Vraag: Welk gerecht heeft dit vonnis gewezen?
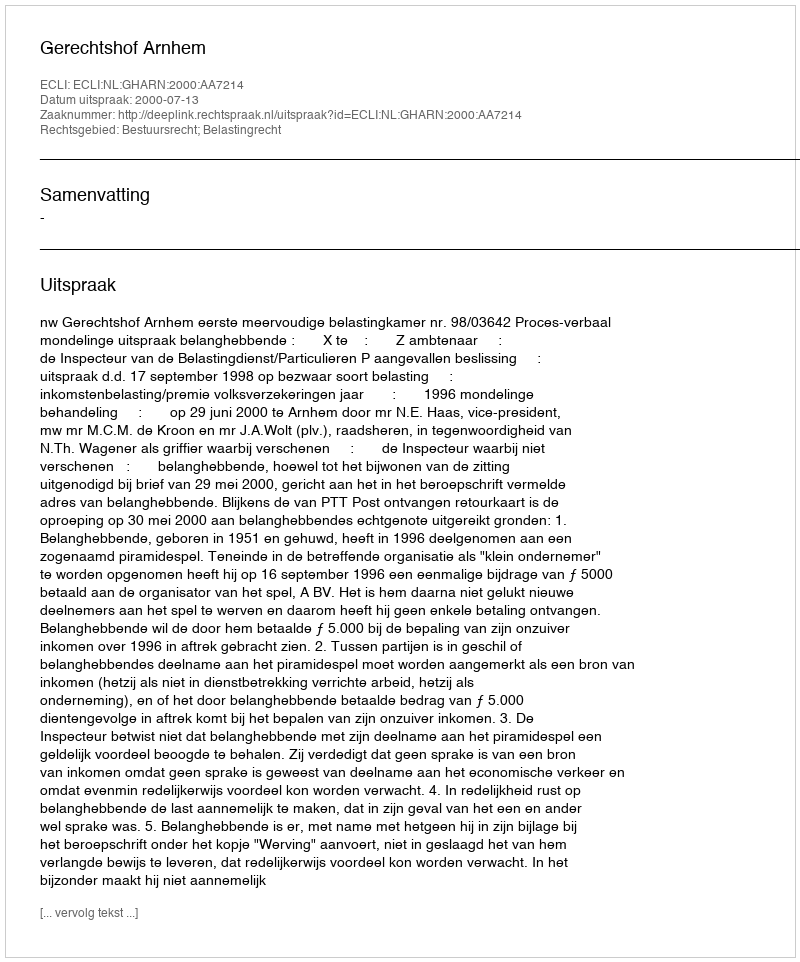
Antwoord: Gerechtshof Arnhem